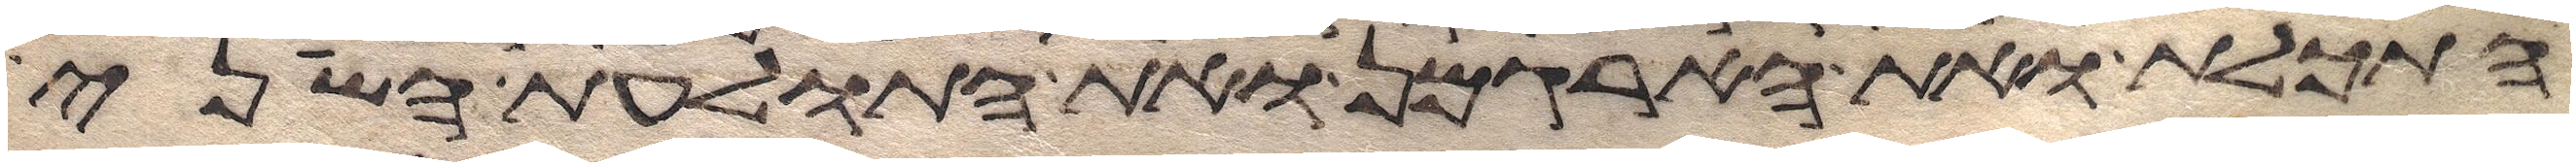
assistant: התכלת ואת הארגמן ואת התולעת השני